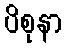
ပိစုနာ